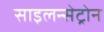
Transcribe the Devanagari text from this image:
साइलन्सेट्रोन